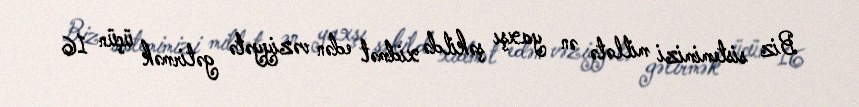
Biz sistemimizi millətə ən yaxşı şəkildə xidmət edən vəziyyətə gətirmək üçün 16